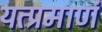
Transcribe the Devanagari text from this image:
यत्प्रमाणं